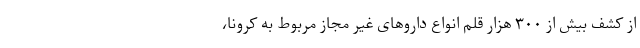
از کشف بیش از ۳۰۰ هزار قلم انواع داروهای غیر مجاز مربوط به کرونا،